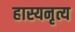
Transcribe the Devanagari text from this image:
हास्यनृत्य